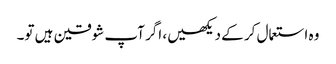
وہ استعمال کر کے دیکھیں، اگر آپ شوقین ہیں تو۔